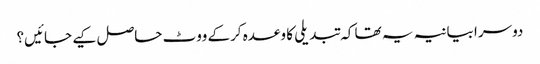
دوسرا بیانیہ یہ تھا کہ تبدیلی کا وعدہ کرکے ووٹ حاصل کیے جائیں؟